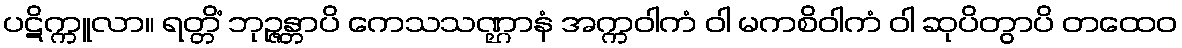
ပဋိက္ကူလာ။ ရတ္တိံ ဘုဉ္ဇန္တာပိ ကေသသဏ္ဌာနံ အက္ကဝါကံ ဝါ မကစိဝါကံ ဝါ ဆုပိတွာပိ တထေဝ